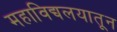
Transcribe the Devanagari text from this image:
महाविद्यलयातून